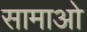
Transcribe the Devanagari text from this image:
सामाओ